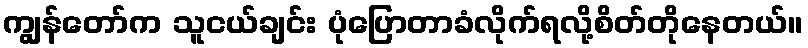
ကျွန်တော်က သူငယ်ချင်း ပုံပြောတာခံလိုက်ရလို့စိတ်တိုနေတယ်။